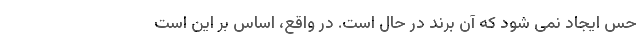
حس ایجاد نمی شود که آن برند در حالِ است. در واقع، اساس بر این است